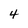
Character: 4